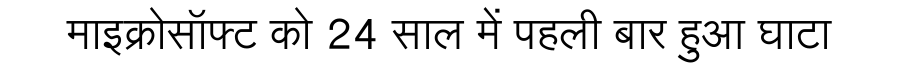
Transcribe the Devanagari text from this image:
माइक्रोसॉफ्ट को 24 साल में पहली बार हुआ घाटा